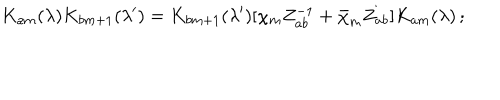
K _ { a m } ( \lambda ) K _ { b m + 1 } ( \lambda ^ { \prime } ) = K _ { b m + 1 } ( \lambda ^ { \prime } ) [ \chi _ { m } Z _ { a b } ^ { - 1 } + \bar { \chi } _ { m } Z _ { a b } ] K _ { a m } ( \lambda ) \, ;